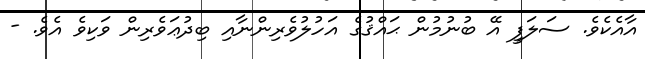
އާއެކެވެ. ސަލަފީ އޭ ބުނުމުން ޙައްޤުގެ އަހުލުވެރިންނާއި ބިދުޢަވެރިން ވަކިވެ އެވެ. -